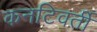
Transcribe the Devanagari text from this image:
कनटिवर्ती